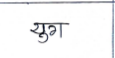
मजकूर: युग